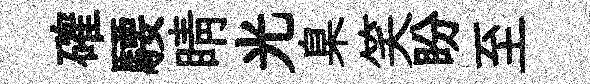
確騕睛光臬笑盼至